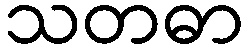
သတဓာ